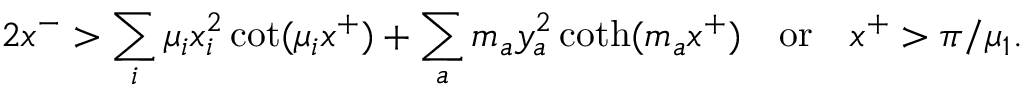
2 x ^ { - } > \sum _ { i } \mu _ { i } x _ { i } ^ { 2 } \cot ( \mu _ { i } x ^ { + } ) + \sum _ { a } m _ { a } y _ { a } ^ { 2 } \coth ( m _ { a } x ^ { + } ) \quad \mathrm { o r } \quad x ^ { + } > \pi / \mu _ { 1 } .